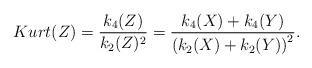
LaTeX: \begin{align*}Kurt(Z)=\frac{k_4(Z)}{k_2(Z)^2}=\frac{k_4(X)+k_4(Y)}{\left(k_2(X)+k_2(Y)\right)^2}.\end{align*}